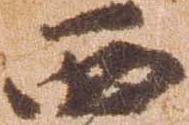
西